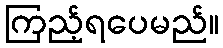
ကြည့်ရပေမည်။